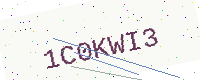
Text: 1C0KWI3